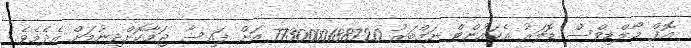
އޮފް މޯލްޑިވްސް ޑޮލަރު އެކައުންޓް ނަމްބަރު 7730000188720 އަށް ފައިސާ ޖަމާކޮށްދިނުމަށް އެދެމެވެ.